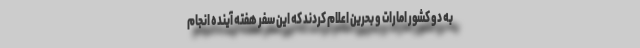
به دو کشور امارات و بحرین اعلام کردند که این سفر هفته آینده انجام